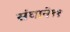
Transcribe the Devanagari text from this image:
संघाने११